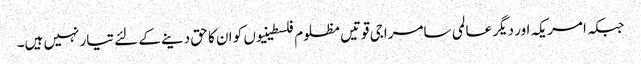
جبکہ امریکہ اور دیگر عالمی سامراجی قوتیں مظلوم فلسطینیوں کو ان کا حق دینے کے لئے تیار نہیں ہیں۔